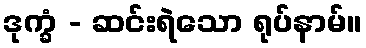
ဒုက္ခံ - ဆင်းရဲသော ရုပ်နာမ်။